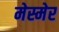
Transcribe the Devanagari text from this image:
मेस्मेर